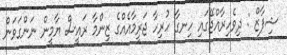
ޝިފާޒް : ދިވެހިރާއްޖޭގައި ހިނގާ ހުރިހާ ޖަރީމާއެއްގެ ޒިންމާ ރައީސް ޔާމީން ނަންގަވަން